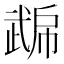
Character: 𭭮